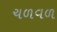
ચળવળ